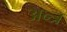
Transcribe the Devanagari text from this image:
अन्त्र